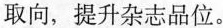
取向，提升杂志品位。